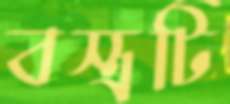
বস্ত্রটি